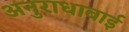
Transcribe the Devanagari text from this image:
अनुराधाबाई